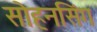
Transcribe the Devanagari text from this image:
सोहनसिंग